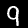
Label: 9